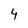
Character: 4